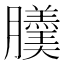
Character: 𦢹